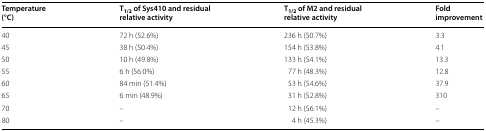
| Temperature (°C) | T1/2 of Sys410 and residual relative activity | T1/2 of M2 and residual relative activity | Fold improvement |
 | --- | --- | --- | --- |
 | 40 | 72 h (52.6%) | 236 h (50.7%) | 3.3 |
 | 45 | 38 h (50.4%) | 154 h (53.8%) | 4.1 |
 | 50 | 10 h (49.8%) | 133 h (54.1%) | 13.3 |
 | 55 | 6 h (56.0%) | 77 h (48.3%) | 12.8 |
 | 60 | 84 min (51.4%) | 53 h (54.6%) | 37.9 |
 | 65 | 6 min (48.9%) | 31 h (52.8%) | 310 |
 | 70 | – | 12 h (56.1%) | – |
 | 80 | – | 4 h (45.3%) | – |